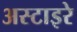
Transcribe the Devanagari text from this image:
अस्टाइरे